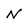
Character: N